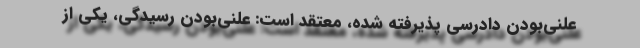
علنی‌بودن دادرسی پذیرفته شده، معتقد است: علنی‌‌بودن رسیدگی، یکی از